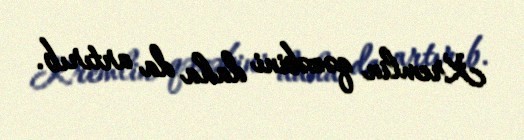
Kremlin qəzəbini daha da artırıb.